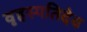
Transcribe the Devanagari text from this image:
वृहस्पतिदेव